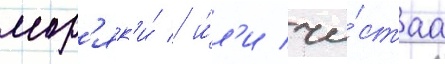
мор'як'и́ / и́л'и чи́стаа